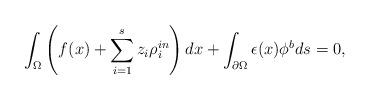
LaTeX: \begin{align*}\int_{\Omega} \left( f(x)+\sum_{i=1}^{s}z_i\rho^{in}_i \right) dx+\int_{\partial \Omega} \epsilon(x) \phi^b ds=0,\end{align*}